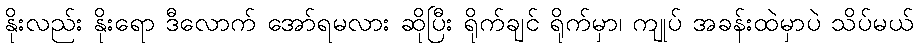
နိုးလည်း နိုးရော ဒီလောက် အော်ရမလား ဆိုပြီး ရိုက်ချင် ရိုက်မှာ၊ ကျုပ် အခန်းထဲမှာပဲ သိပ်မယ်